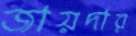
জায়দার